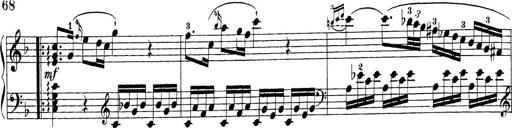
Title: Sonatina Album
Composer: Louis KÃ¶hler